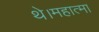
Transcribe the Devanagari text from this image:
थे।महात्मा